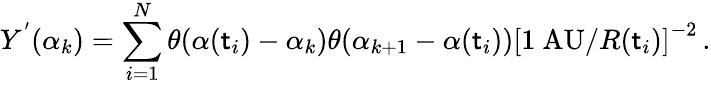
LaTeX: Y^{'}(\alpha_{k})=\sum_{i=1}^{N}\theta(\alpha(\mathsf{t}_{i})-\alpha_{k})\theta(\alpha_{k+1}-\alpha(\mathsf{t}_{i}))\left[1~\mathrm{{AU}}/R(\mathsf{t}_{i})\right]^{-2}\, .